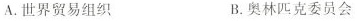
A. 世界贸易组织 B. 奥林匹克委员会